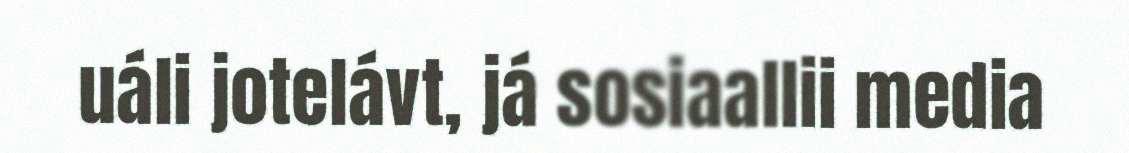
uáli jotelávt, já sosiaallii media